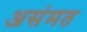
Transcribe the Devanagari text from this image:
असंमत